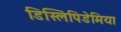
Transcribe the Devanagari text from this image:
डिस्लिपिडेमिया